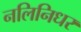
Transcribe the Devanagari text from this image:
नलिनिधर